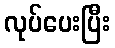
လုပ်ပေးပြီး